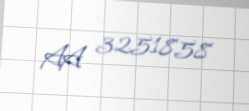
AA 3251858